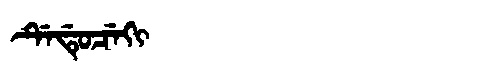
Manchu: ᡩᡝᡩᡠᠴᡝᡴᡳ
Romanization: DEDUCEKI